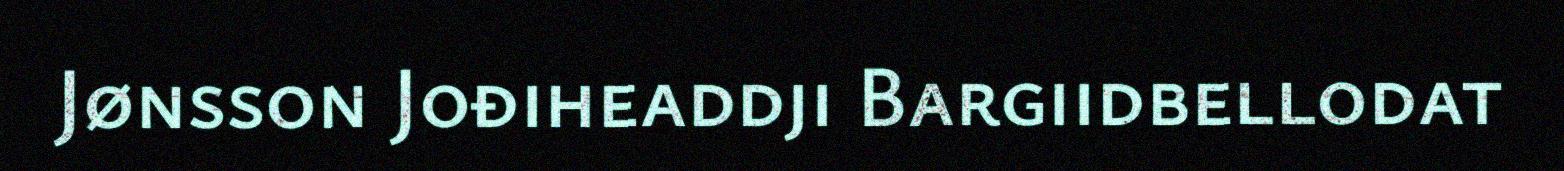
Jønsson Jođiheaddji Bargiidbellodat